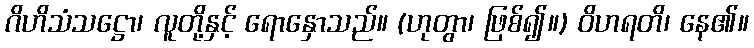
ဂိဟိသံသဋ္ဌော၊ လူတို့နှင့် ရောနှောသည်။ (ဟုတွာ၊ ဖြစ်၍။) ဝိဟရတိ၊ နေ၏။